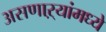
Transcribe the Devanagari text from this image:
असणाऱ्यांमध्ये